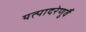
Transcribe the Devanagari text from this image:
यत्पादरेणुर्वै